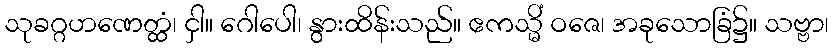
သုခဂ္ဂဟဏေတ္ထံ၊ ငှါ။ ဂေါပေါ၊ နွားထိန်းသည်။ ဧကသ္မိံ ဝဇေ၊ အခုသောခြံ၌။ သဗ္ဗာ၊